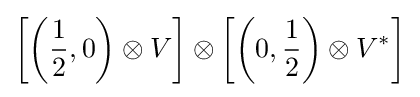
\left[\left({\frac {1}{2}},0\right)\otimes V\right]\otimes \left[\left(0,{\frac {1}{2}}\right)\otimes V^{*}\right]